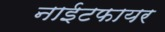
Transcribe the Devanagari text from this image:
नाईटफायर